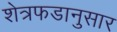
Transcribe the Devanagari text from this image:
शेत्रफडानुसार